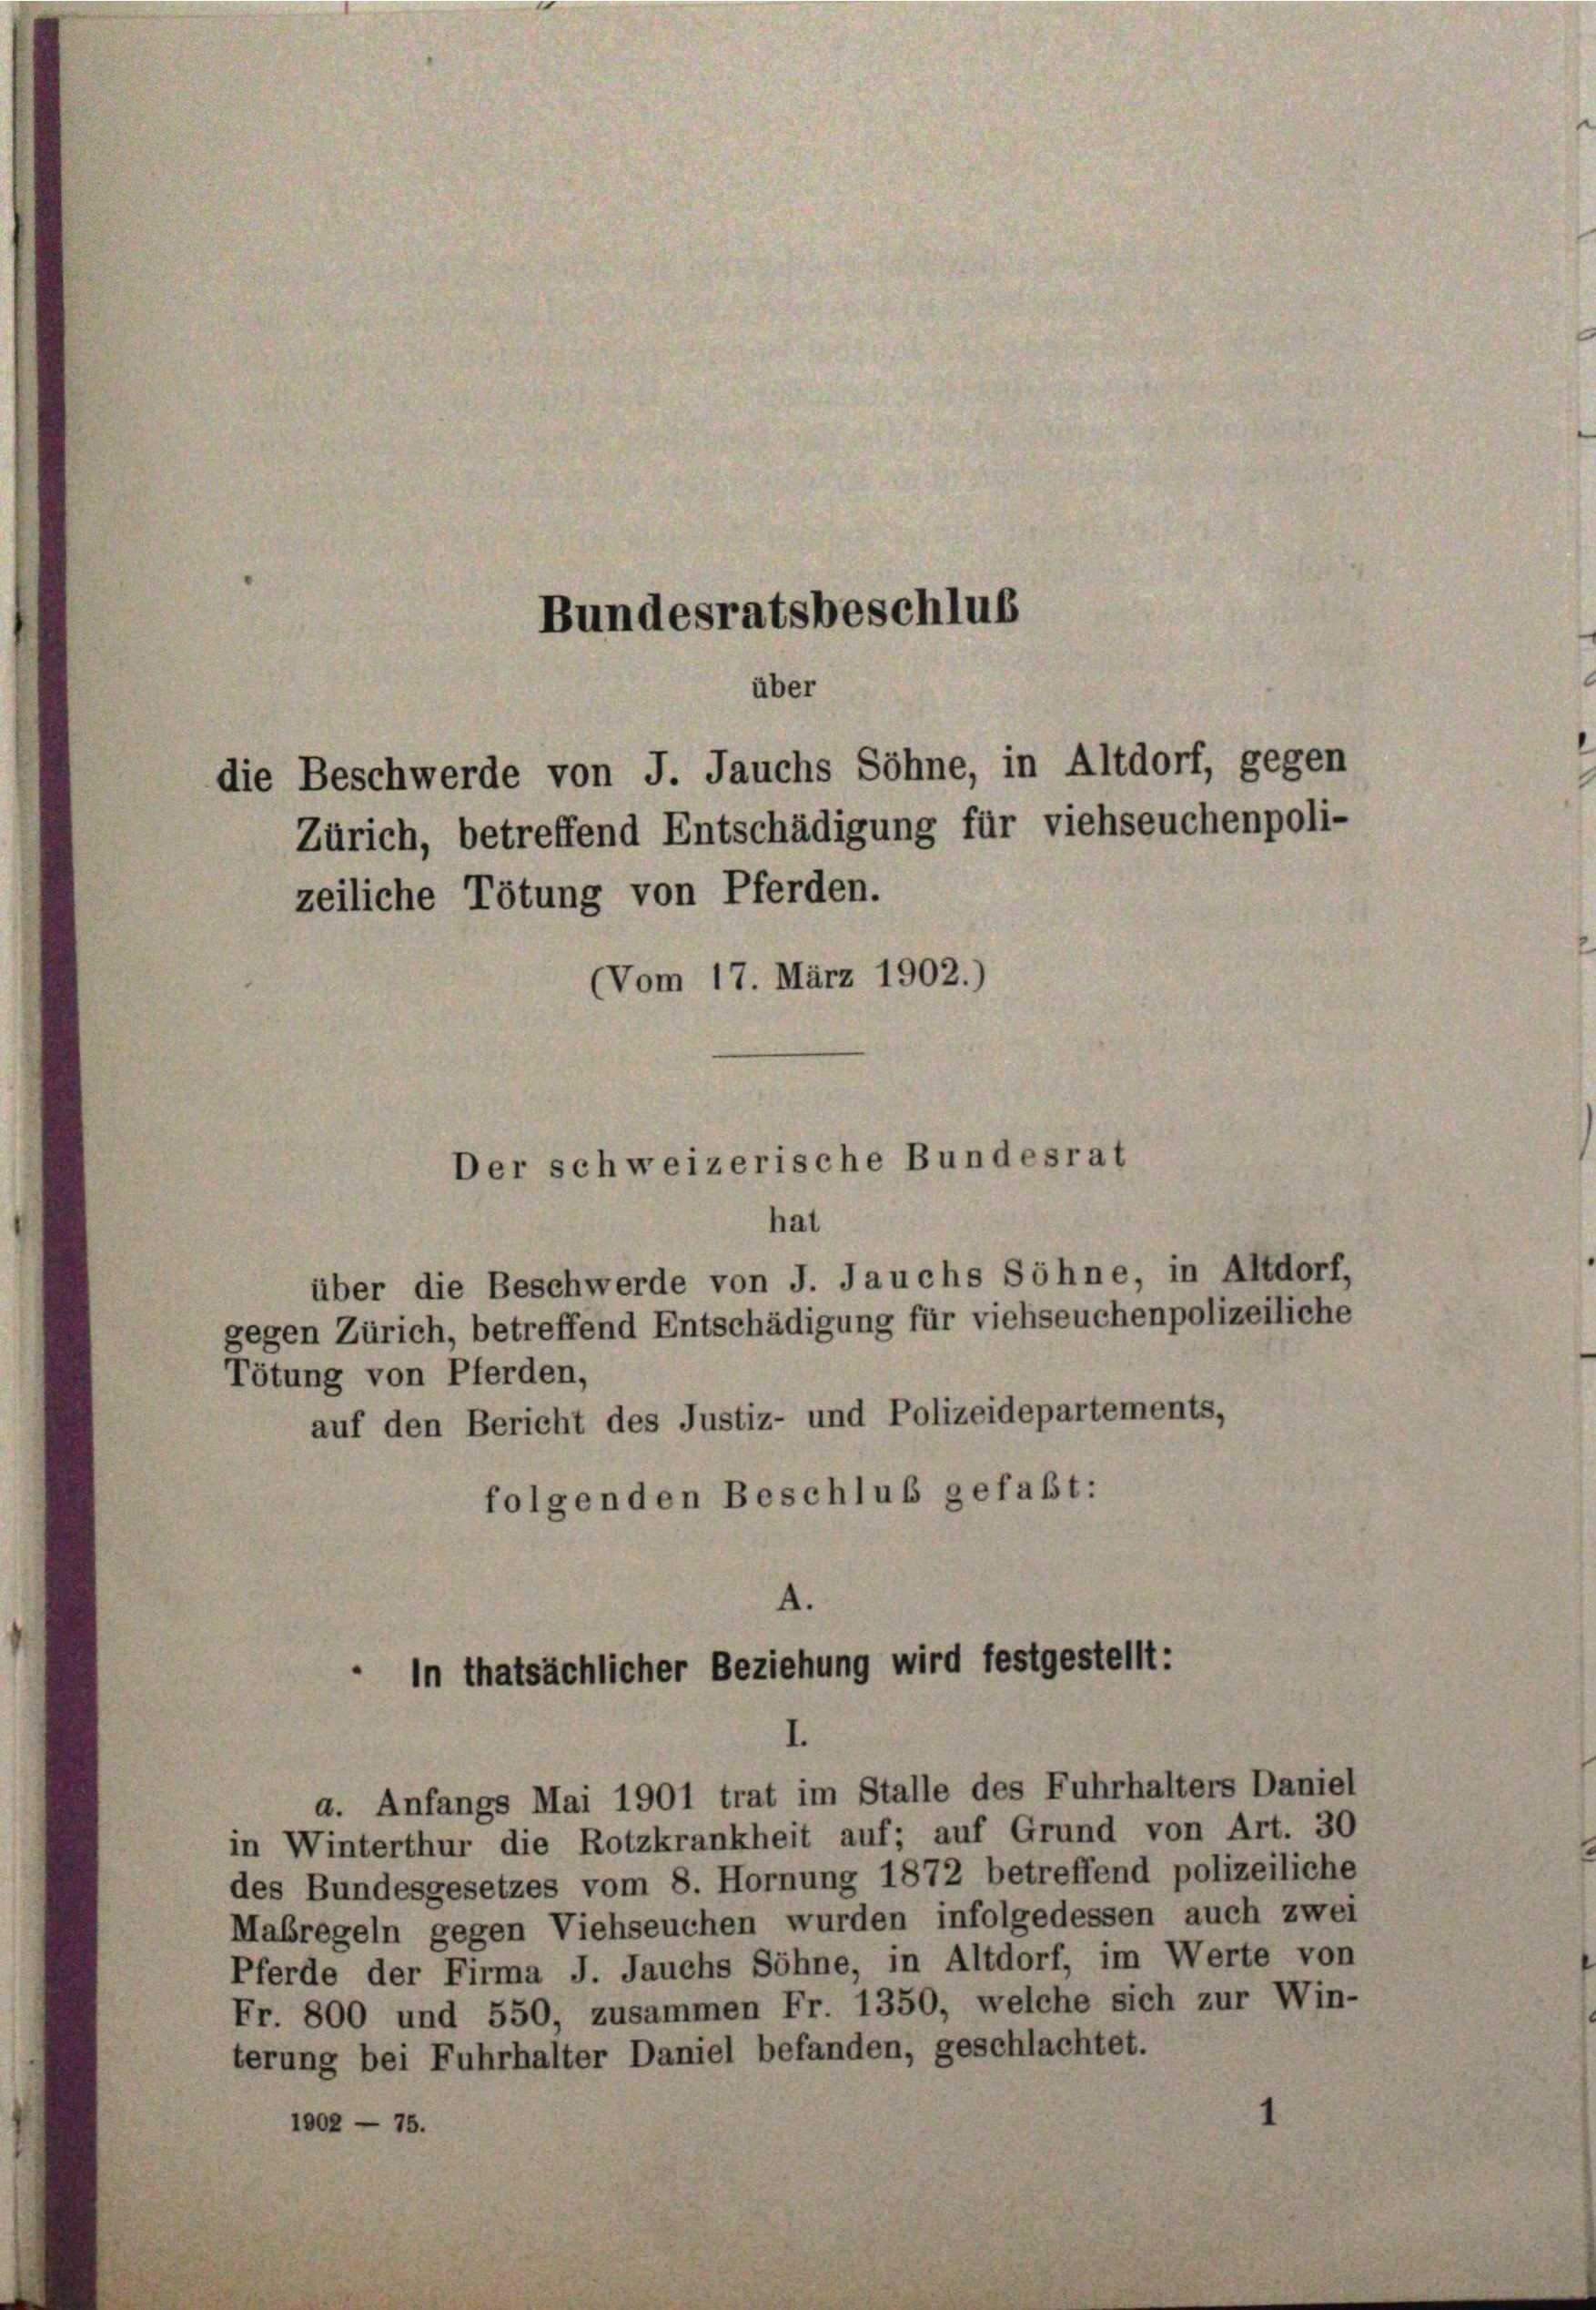
Bundesratsbeschlus
über
die Beschwerde von J. Jauchs Söhne, in Altdorf, gegen

Zürich, betreffend Entschädigung für viehseuchenpoli-
zeiliche Tötung von Pferden.
Vom 17. März 1902.

Der schweizerische Bundesrat
hat

über die Beschwerde von J. Jauchs Söhne, in Altdorf,
gegen Zürich, betreffend Entschädigung für viehseuchenpolizeiliche
Tötung von Pferden,
auf den Bericht des Justiz- und Polizeidepartements,
folgenden Beschluß gefaßt:

4.
In thatsächlicher Beziehung wird festgestellt:

a. Anfangs Mai 1901 trat im Stalle des Fuhrhalters Daniel
in Winterthur die Rotzkrankheit auf; auf Grund von Art. 30
des Bundesgesetzes vom 8. Hornung 1872 betreffend polizeiliche
Mabregeln gegen Viehseuchen wurden infolgedessen auch zwei
Pferde der Firma J. Jauchs Söhne, in Altdorf, im Werte von
Fr. 800 und 550, zusammen Fr. 1350, welche sich zur Win-
terung bei Fuhrhalter Daniel befanden, geschlachtet.
1002 - 75.